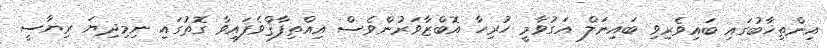
އިންތިޚާބުގައި ބައިވެރިވި ބައިނަލް އަގުވާމީ ހުރިހާ އޮބްޒާވަރުންވެސް އިއްތިފާޤްވެފައިވާ ގޮތުގައި ނިމިދިޔަ ރިޔާސީ